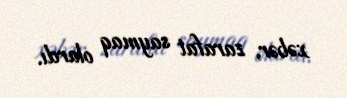
xəbər, zarafat saymaq olardı.